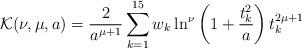
LaTeX: \begin{align*}\mathcal{K}(\nu, \mu, a) = \frac{2}{a^{\mu+1}} \sum_{k=1}^{15} w_k \ln^\nu\left(1+\frac{t_k^2}{a}\right) t_k^{2\mu+1}\end{align*}